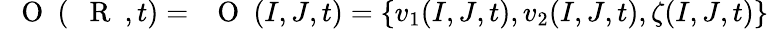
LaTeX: \mathrm{~{~\mathbf~O~}~}(\mathrm{~{~\mathbf~R~}~},t)=\mathrm{~{~\mathbf~O~}~}(I,J,t)=\{ v_{1}(I,J,t),v_{2}(I,J,t),\zeta(I,J,t)\}